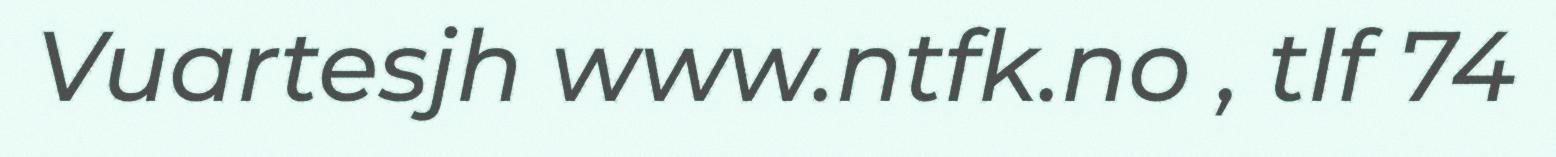
Vuartesjh www.ntfk.no , tlf 74